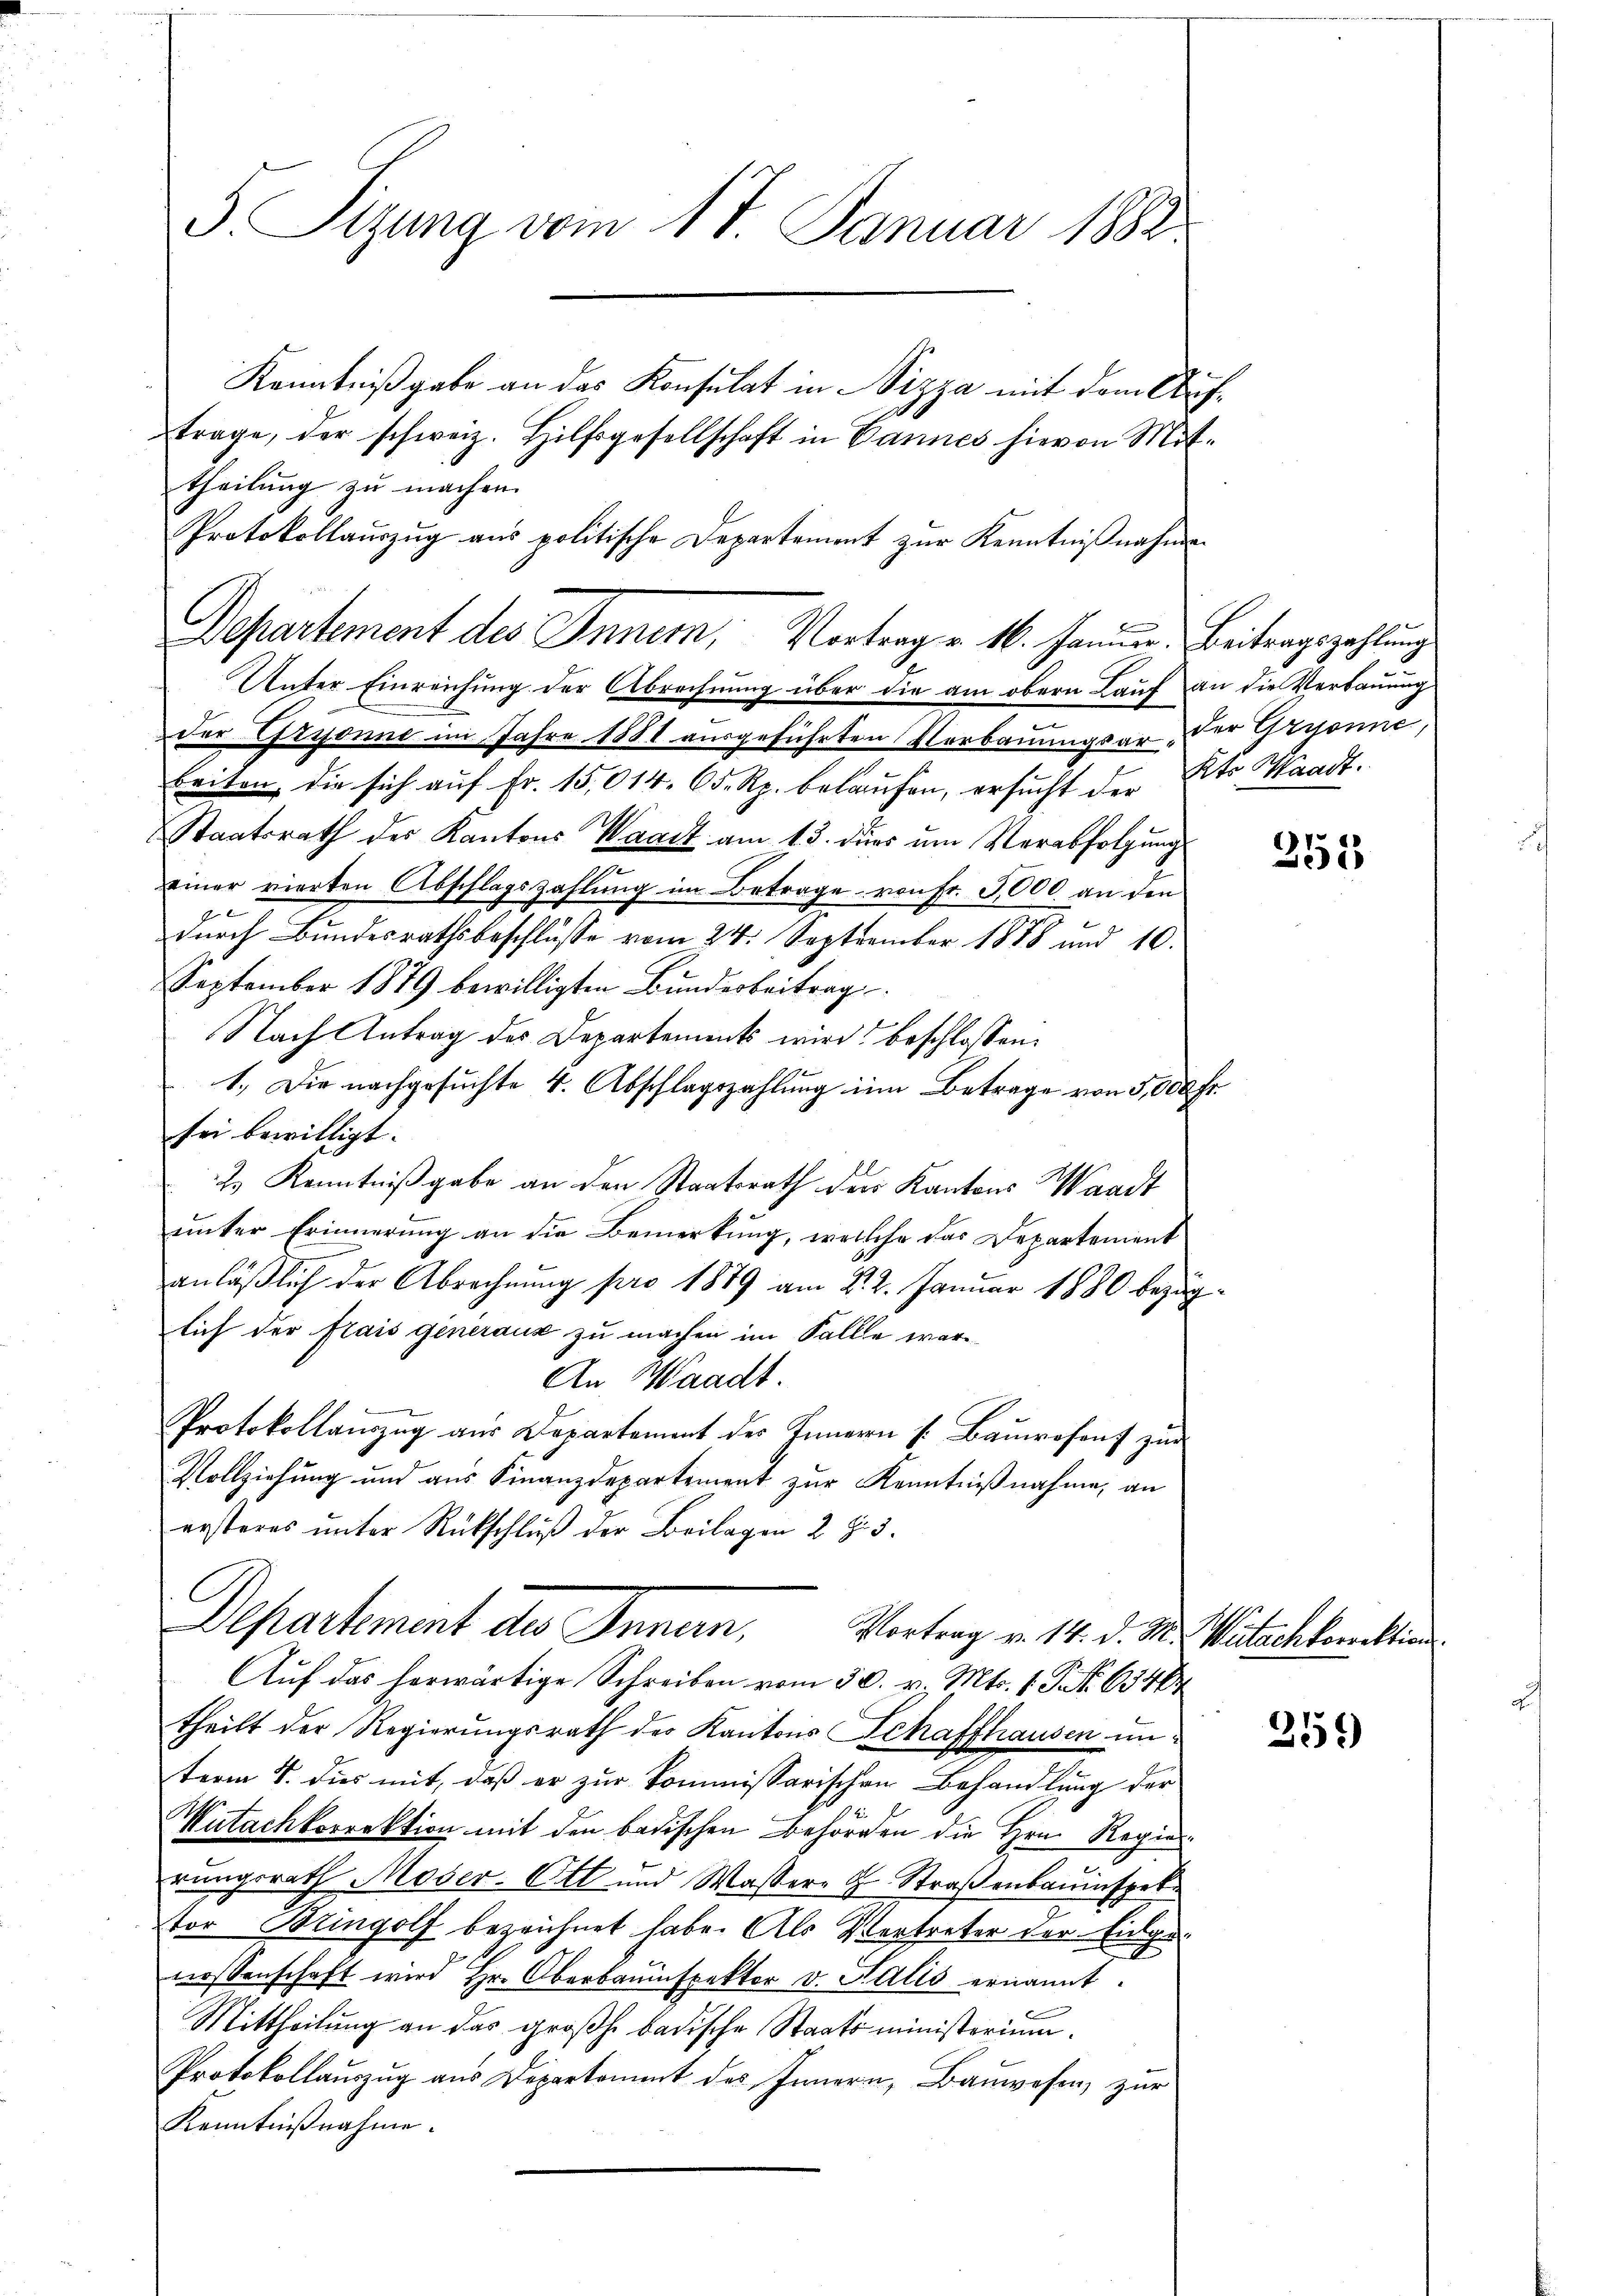
Protokollauszug aus politische Departement zur Kenntnißnahmen

3. Sizung vom 17. Januar 1882
Kenntnißgabe an das Konsulat in Pizza mit dem Auftrage, der schweiz. Hilfsgesellschaft in Cannes hievon Mit-
theilung zu machen.

Unter Einreichung der Abrechnung über die am obern Lauf an die Verbauung
der Gryonne im Jahre 1881 ausgeführten Verbauungsar, der Grysanne,
beiten, die sich auf Fr. 15,014. 65. Rp. belaufen, ersucht der Kts. Waadt.
Staatsrath der Kantons Waadt am 13. durs um Verabfolgung
einer vierten Abschlagszahlŭng im Betrage von Fr. 3000 an den
durch Bundesrathsbeschlüsse vom 24. September 1888 und 10.
September 1879 bewilligten Bundesbeitrag
Nach Antrag des Departements wird beschlossen:
1.) Die nachgesuchte 4. Abschlagszahlung in Betrage von 5,000 Fr.
sei bewilligt.
2. Kenntnißgabe an den Staatsrath der Kantons Waadt
ŭnter Erinnerung an die Bemerkŭng, welche das Departement
anläβlich der Abrechnŭng pro 1879 am 22. Januar 1880 bezüglich der frais generaus zu machen im Falle war¬
An Waadt.
Protokollauszug aus Departement des Innern s. Bauwesens zur
Vollziehung und aus Finanzdepartement zur Kenntnißnahme, an
ersteres unter Rückschluß der Beilagen 2 Z. 3.
Departement die Jeman,
Vortrag v. 14. d. M. Mitachkorrektion
Auf das herwärtige Schreiben vom 30. v. Mts. 1. P. Nr. 63464
theilt der Regierungsrath des Kantons Schaffhausen unterm 4. dies mit, daß er zur Kommissarischen Behandlung der
Mutachkorrektion mit den badischen Behörden die Hrn. Regierungsrath Moser. Ott und Wassere H. Straßenbauinspek
tor Bringolf bezeichnet habe. Als Vertreter vor Eingelossenschaft wird Hr. Oberbauinspektor v. Salis ernannt.
Mittheilung an das großh. badische Staatsministerium.
Protokollauszug aus Departement des Innern, Bauwesen, zur
Kenntnißnahme.

Departement des Inner, Vortrag v. M. Hander. Beitragszahlung

351

251)